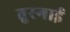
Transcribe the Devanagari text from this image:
तुरगाई